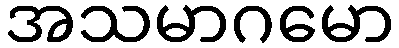
အသမာဂမော